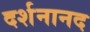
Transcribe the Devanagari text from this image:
दर्शनानद